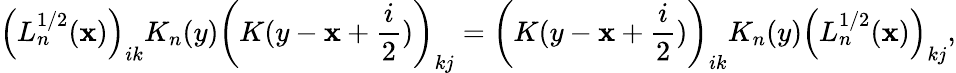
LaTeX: \left(L_{n}^{1/2}(\mathbf{x})\right)_{ik}K_{n}(y)\left(K(y-\mathbf{x}+\frac{{i}}{{2}})\right)_{kj}=\left(K(y-\mathbf{x}+\frac{{i}}{{2}})\right)_{ik}K_{n}(y)\left(L_{n}^{1/2}(\mathbf{x})\right)_{kj},